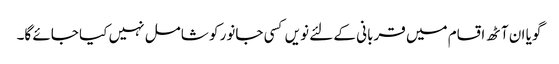
گویا ان آٹھ اقسام میں قربانی کے لئے نویں کسی جانور کو شامل نہیں کیا جائے گا۔